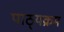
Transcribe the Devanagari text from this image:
पाठ्‍यक्रम